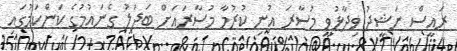
ރައީސް ނަޝީދު ވިދާޅުވީ މުސާރަ އުނި ކުރުމާ މުސާރައަށް ބަދަލު ގެނައުމުގެ ކަންކަމުގައި